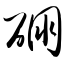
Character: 硼